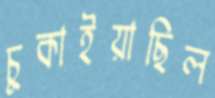
চুকাইয়াছিল